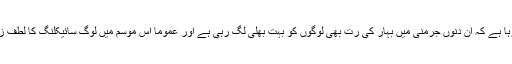
یہ بھی کہا جا رہا ہے کہ ان دنوں جرمنی میں بہار کی رُت بھی لوگوں کو بہت بھلی لگ رہی ہے اور عموماً اس موسم میں لوگ سائیکلنگ کا لطف زیادہ اٹھاتے ہیں۔